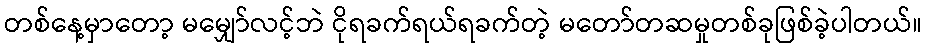
တစ်နေ့မှာတော့ မမျှော်လင့်ဘဲ ငိုရခက်ရယ်ရခက်တဲ့ မတော်တဆမှုတစ်ခုဖြစ်ခဲ့ပါတယ်။